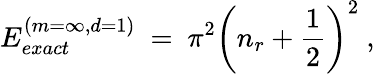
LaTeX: E_{exact}^{(m=\infty,d=1)}\ =\ \pi^{2}\left(n_{r}+\frac{1}{2}\right)^{2}\ ,